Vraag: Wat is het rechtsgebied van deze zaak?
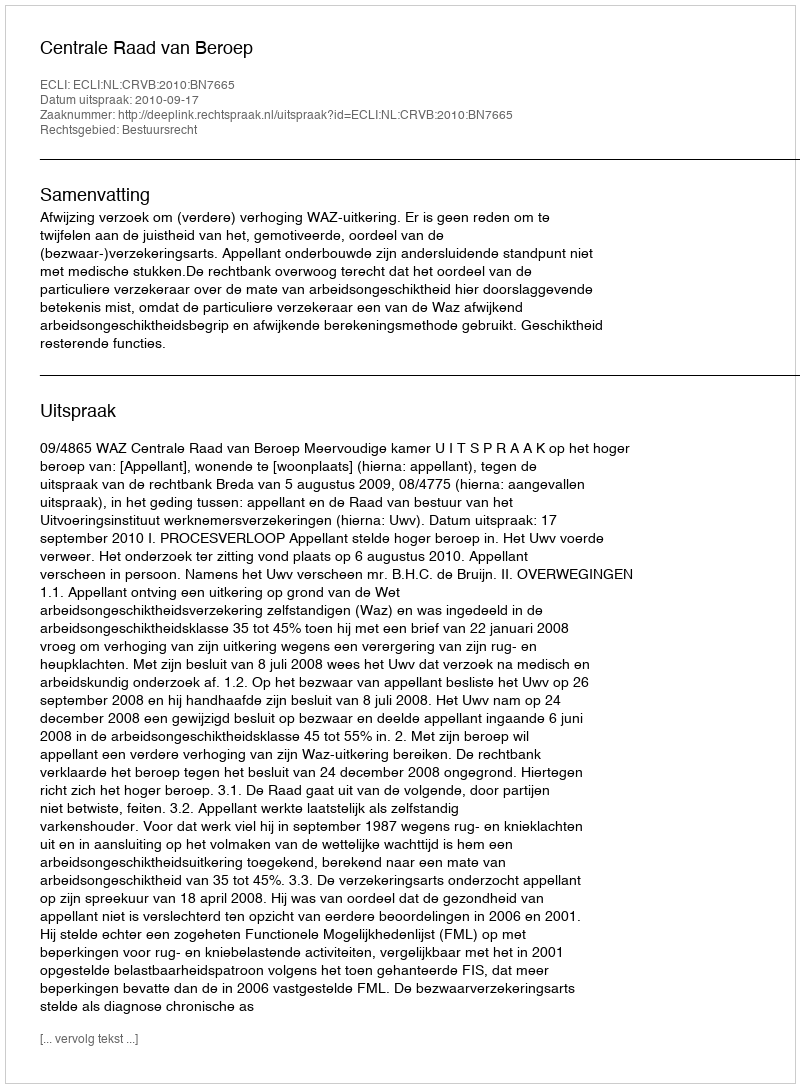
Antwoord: Bestuursrecht